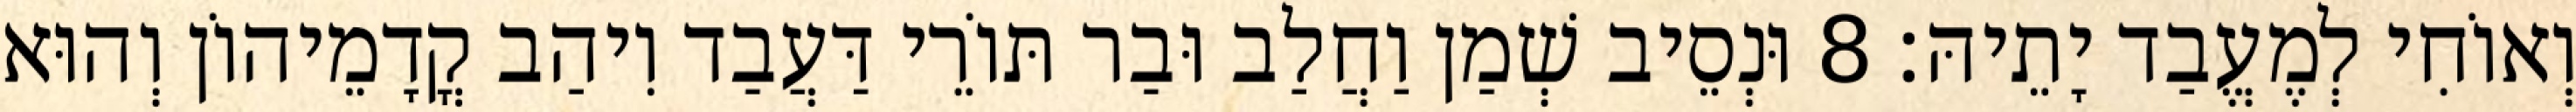
וְאוֹחִי לְמֶעֱבַד יָתֵיהּ׃ 8 וּנְסֵיב שְׁמַן וַחֲלַב וּבַר תּוֹרֵי דַּעֲבַד וִיהַב קֳדָמֵיהוֹן וְהוּא